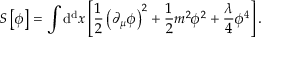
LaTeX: S \left[ \phi \right] = \int \mathrm { d ^ { d } } x \left[ { \frac { 1 } { 2 } } \left( \partial _ { \mu } \phi \right) ^ { 2 } + { \frac { 1 } { 2 } } m ^ { 2 } \phi ^ { 2 } + { \frac { \lambda } { 4 } } \phi ^ { 4 } \right] .